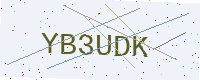
Text: YB3UDK